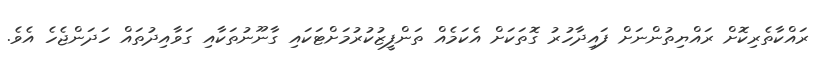
ރައްކާތެރިކޮށް ރައްޔިތުންނަށް ފައިދާހުރު ގޮތަކަށް އެކަމެއް ތަންފީޒުކުރުމަށްޓަކައި ގާނޫނުތަކާއި ގަވާއިދުތައް ހަދަންޖެހެ އެވެ.